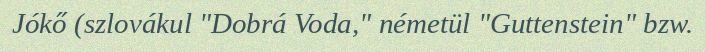
Jókő (szlovákul "Dobrá Voda," németül "Guttenstein" bzw.